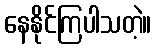
နေနိုင်ကြပါသတဲ့။